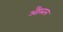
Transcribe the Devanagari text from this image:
औस्तन